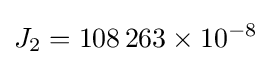
J_{2}=108\,263\times 10^{-8}